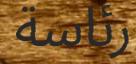
رئاسة